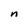
Character: n